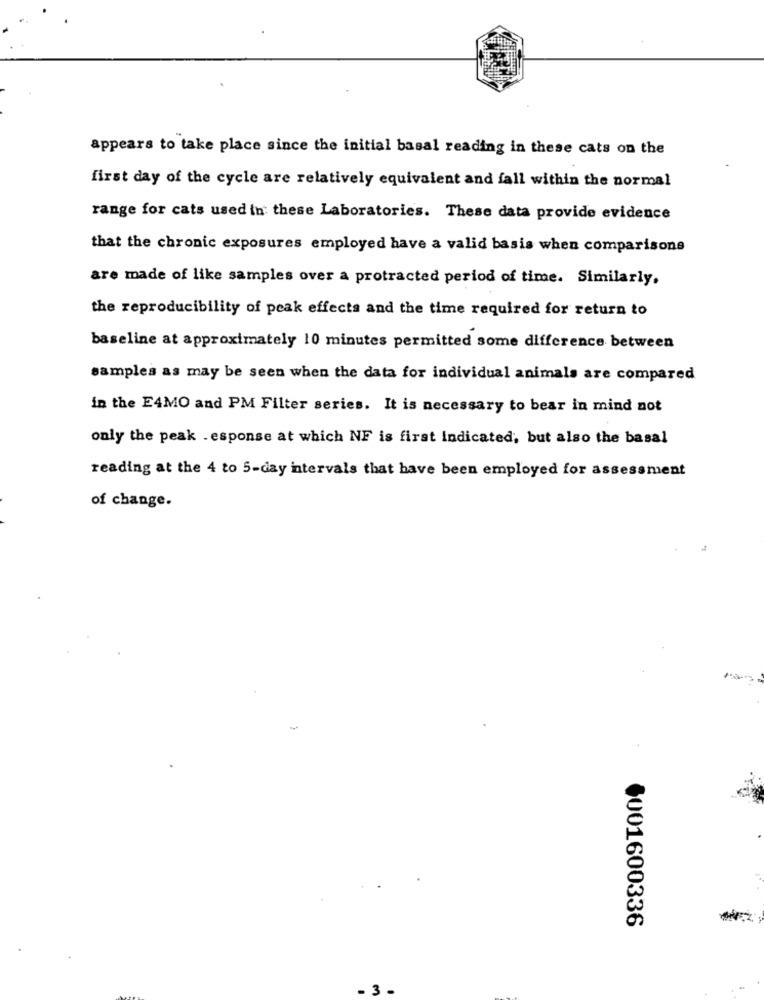
appears to take place since the initial basal reading in these cats on the
first day of the cycle are relatively equivalent and fall within the normal
range for cats used in these Laboratories. These data provide evidence
that the chronic exposures employed have a valid basis when comparisons
are made of like samples over a protracted period of time. Similarly,
the reproducibility of peak effects and the time required for return to
baseline at approximately 10 minutes permitted some difference between
samples as may be seen when the data for individual animals are compared
in the E4MO and PM Filter series. It is necessary to bear in mind not
only the peak . esponse at which NF is first Indicated, but also the basal
reading at the 4 to 5-day intervals that have been employed for assessment
of change.
001600336
. 3 -